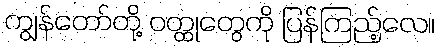
ကျွန်တော်တို့ ဝတ္ထုတွေကို ပြန်ကြည့်လေ။